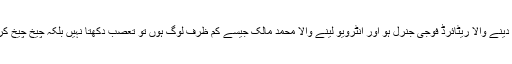
ایک تو انٹرویو دینے والا ریٹائرڈ فوجی جنرل ہو اور انٹرویو لینے والا محمد مالک جیسے کم ظرف لوگ ہوں تو تعصب دکھتا نہیں بلکہ چیخ چیخ کر بولتا بھی ہے۔